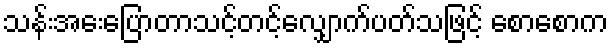
သန်းအေးပြောတာသင့်တင့်လျှောက်ပတ်သဖြင့် စောစောက